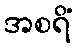
အစရိံ